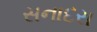
સનાદરા